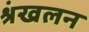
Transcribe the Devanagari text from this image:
श्रंखलन